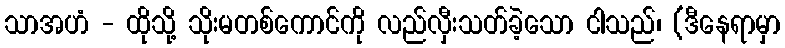
သာအဟံ - ထိုသို့ သိုးမတစ်ကောင်ကို လည်လှီးသတ်ခဲ့သော ငါသည်၊ (ဒီနေရာမှာ